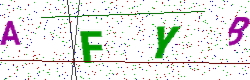
Text: AFYB